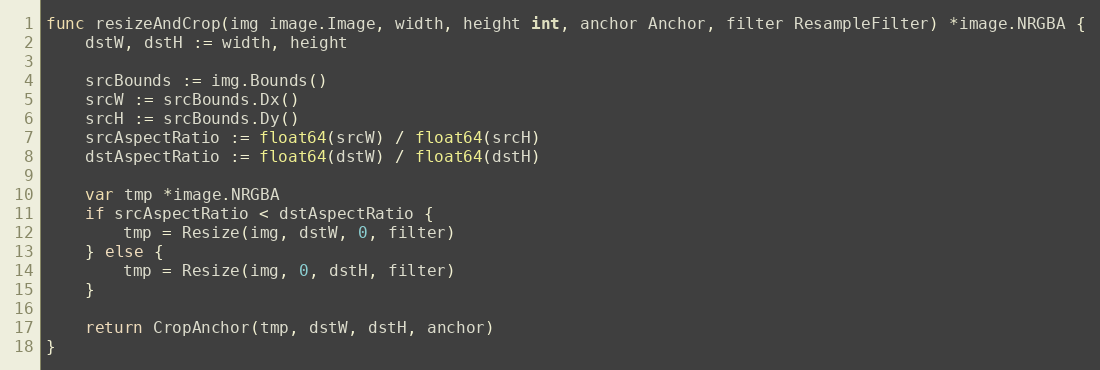
Language: Go
func resizeAndCrop(img image.Image, width, height int, anchor Anchor, filter ResampleFilter) *image.NRGBA {
	dstW, dstH := width, height

	srcBounds := img.Bounds()
	srcW := srcBounds.Dx()
	srcH := srcBounds.Dy()
	srcAspectRatio := float64(srcW) / float64(srcH)
	dstAspectRatio := float64(dstW) / float64(dstH)

	var tmp *image.NRGBA
	if srcAspectRatio < dstAspectRatio {
		tmp = Resize(img, dstW, 0, filter)
	} else {
		tmp = Resize(img, 0, dstH, filter)
	}

	return CropAnchor(tmp, dstW, dstH, anchor)
}